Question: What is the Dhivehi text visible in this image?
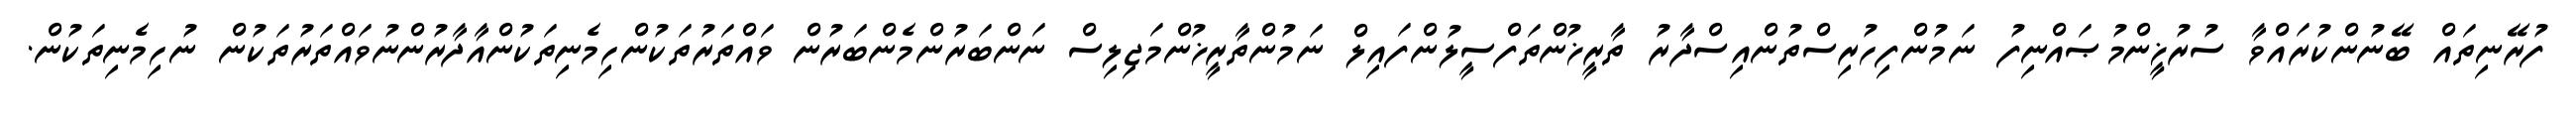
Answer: ފުރޭނިތައް ބޭނުންކުރައްވާ ސުރުޚީންމުޞައްނިފު ނަމުންފިހުރިސްތުންއިސްދާރު ތާރީޚުންތަފްސީލުންފައިލް ނަމުންތާރީޚުންމަޖިލިސް ނަންބަރުންމެންބަރުން ވައްތަރުތަކުންހިމެނިތަކުންއާދާރުންނުވައްތަރުތަކުން ނުހިމެނިތަކުން.